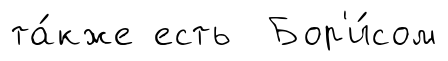
та́кже есть Бор'и́сом